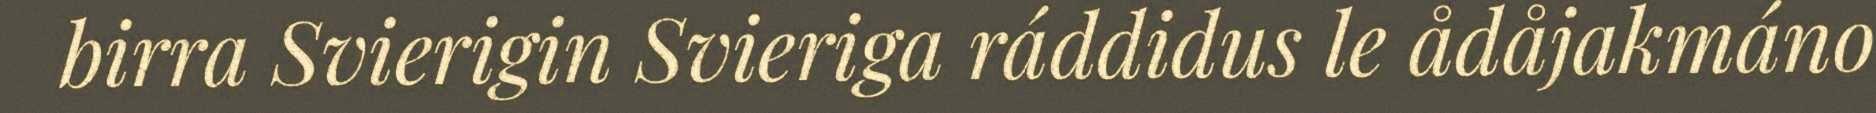
birra Svierigin Svieriga ráddidus le ådåjakmáno